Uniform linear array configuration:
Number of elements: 4
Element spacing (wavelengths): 0.75
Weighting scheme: blackman
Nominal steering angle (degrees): -15
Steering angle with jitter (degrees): -16.735
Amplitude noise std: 0.05
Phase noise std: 0.05

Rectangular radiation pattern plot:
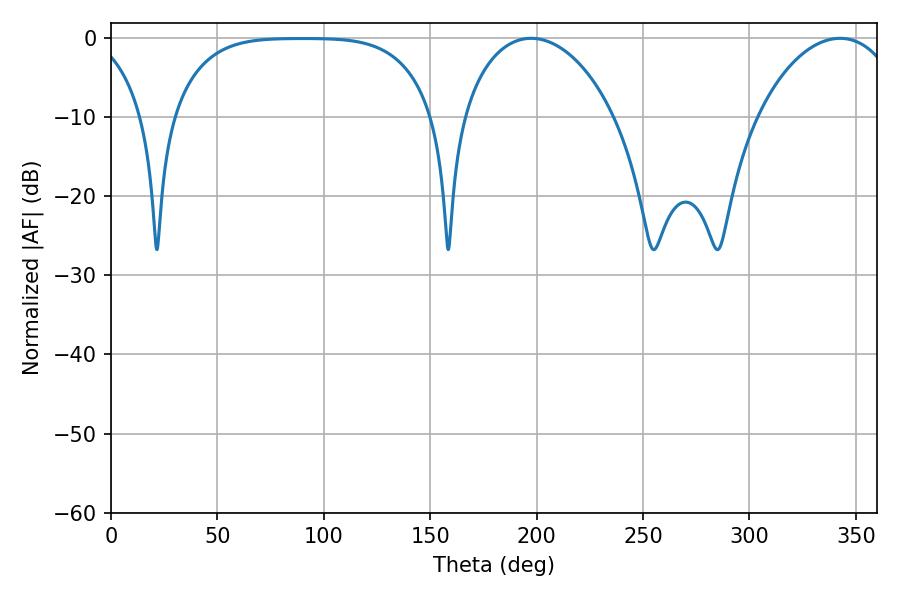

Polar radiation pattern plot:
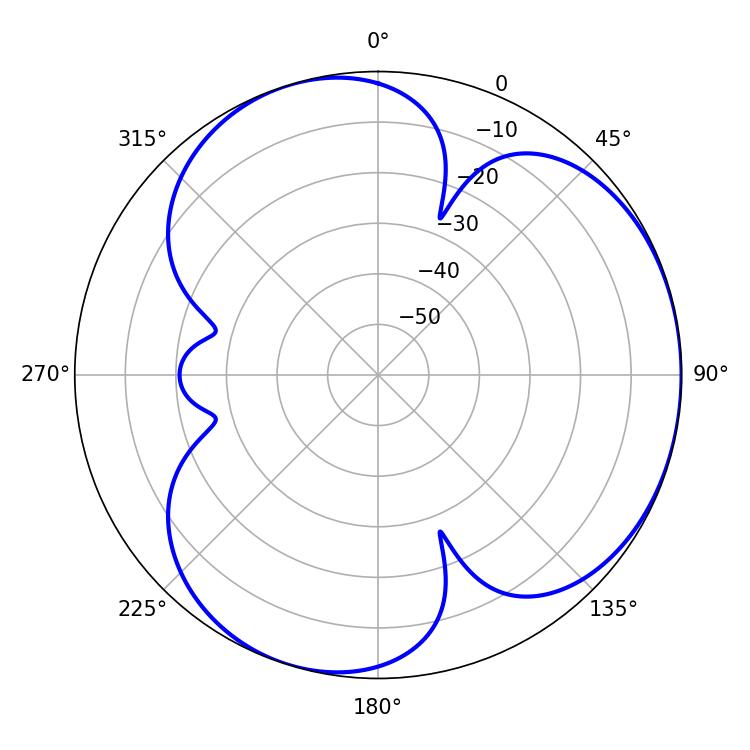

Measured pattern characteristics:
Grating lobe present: TRUE
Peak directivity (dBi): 3.606
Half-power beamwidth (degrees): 41.04
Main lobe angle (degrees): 197.46